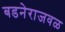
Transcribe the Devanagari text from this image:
बडनेराजवळ